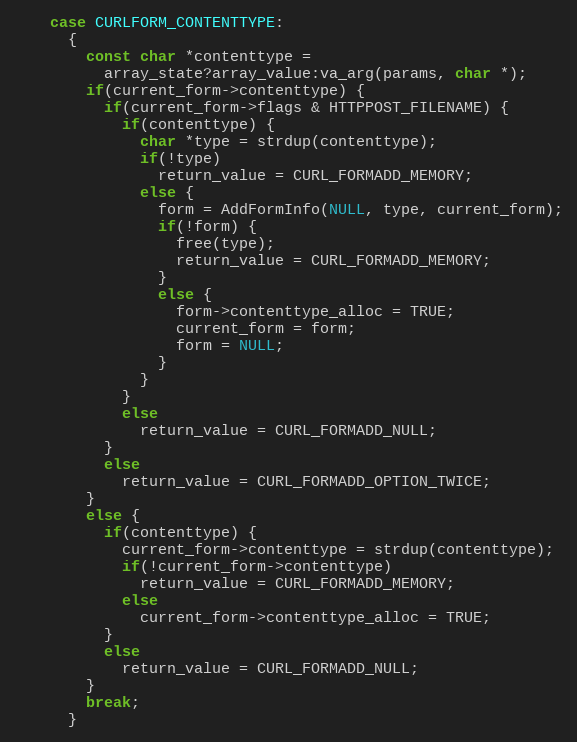
Language: C
    case CURLFORM_CONTENTTYPE:
      {
        const char *contenttype =
          array_state?array_value:va_arg(params, char *);
        if(current_form->contenttype) {
          if(current_form->flags & HTTPPOST_FILENAME) {
            if(contenttype) {
              char *type = strdup(contenttype);
              if(!type)
                return_value = CURL_FORMADD_MEMORY;
              else {
                form = AddFormInfo(NULL, type, current_form);
                if(!form) {
                  free(type);
                  return_value = CURL_FORMADD_MEMORY;
                }
                else {
                  form->contenttype_alloc = TRUE;
                  current_form = form;
                  form = NULL;
                }
              }
            }
            else
              return_value = CURL_FORMADD_NULL;
          }
          else
            return_value = CURL_FORMADD_OPTION_TWICE;
        }
        else {
          if(contenttype) {
            current_form->contenttype = strdup(contenttype);
            if(!current_form->contenttype)
              return_value = CURL_FORMADD_MEMORY;
            else
              current_form->contenttype_alloc = TRUE;
          }
          else
            return_value = CURL_FORMADD_NULL;
        }
        break;
      }